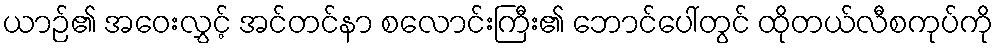
ယာဉ်၏ အဝေးလွှင့် အင်တင်နာ စလောင်းကြီး၏ ဘောင်ပေါ်တွင် ထိုတယ်လီစကုပ်ကို